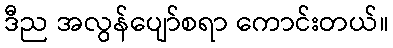
ဒီည အလွန်ပျော်စရာ ကောင်းတယ်။